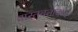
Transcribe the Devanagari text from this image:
वास्तवतावाद